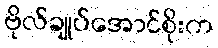
ဗိုလ်ချုပ်အောင်စိုးက